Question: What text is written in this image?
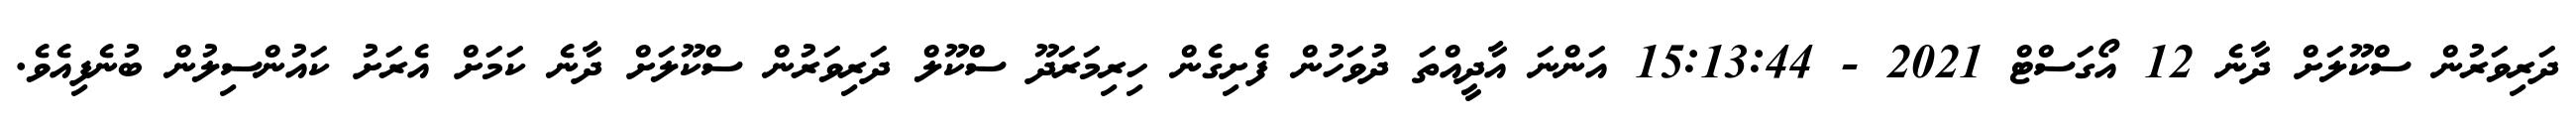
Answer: ދަރިވަރުން ސްކޫލަށް ދާނެ 12 އޯގަސްޓް 2021 - 15:13:44 އަންނަ އާދީއްތަ ދުވަހުން ފެށިގެން ހިރިމަރަދޫ ސްކޫލް ދަރިވަރުން ސްކޫލަށް ދާނެ ކަމަށް އެރަށު ކައުންސިލުން ބުނެފިއެވެ.